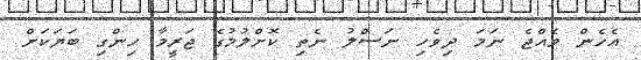
އެހެން ވެއްޖެ ނަމަ ދިވެހި ނަސްލު ނެތި ކޮށްލުމުގެ ޖަރީމާ ހިންގި ބަޔަކަށް